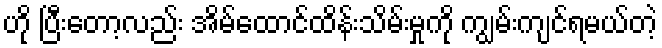
ဟို ပြီးတော့လည်း အိမ်ထောင်ထိန်းသိမ်းမှုကို ကျွမ်းကျင်ရမယ်တဲ့